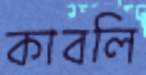
কাবলি